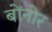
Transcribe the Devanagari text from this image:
बोंनोर